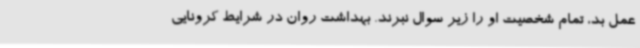
عمل بد، تمام شخصیت او را زیر سوال نبرند. بهداشت روان در شرایط کرونایی